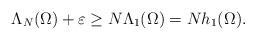
LaTeX: \begin{align*}\Lambda_N(\Omega) + \varepsilon \ge N\Lambda_1(\Omega) = Nh_1(\Omega).\end{align*}